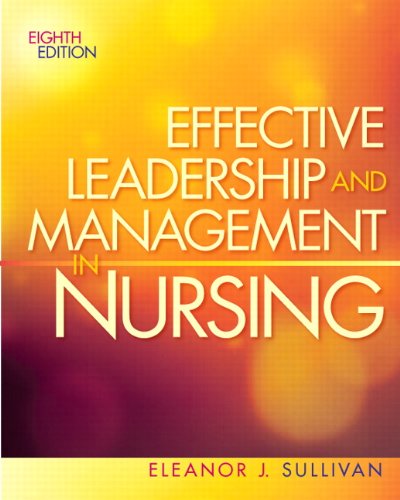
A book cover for Effective Leadership and Management in Nursing (8th Edition) (Effective Leadership & Management in Nursing (Sull); Eleanor J. Sullivan; Medical Books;